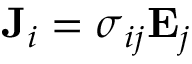
\mathbf { J } _ { i } = { \boldsymbol { \sigma } } _ { i j } \mathbf { E } _ { j }